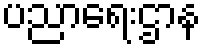
ပညာရေးဌာန